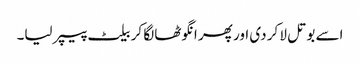
اسے بوتل لا کر دی اور پھر انگوٹھا لگا کر بیلٹ پیپر لیا۔